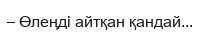
– Өлеңді айтқан қандай...